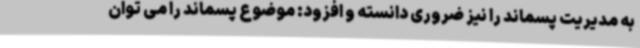
به مدیریت پسماند را نیز ضروری دانسته و افزود: موضوع پسماند را می توان